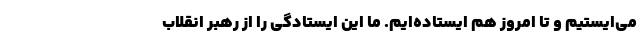
می‌ایستیم و تا امروز هم ایستاده‌ایم. ما این ایستادگی را از رهبر انقلاب